Civil Veterinary Department. Central Provinces & Berar 1932-41 - 1932-1941
Year: 1932
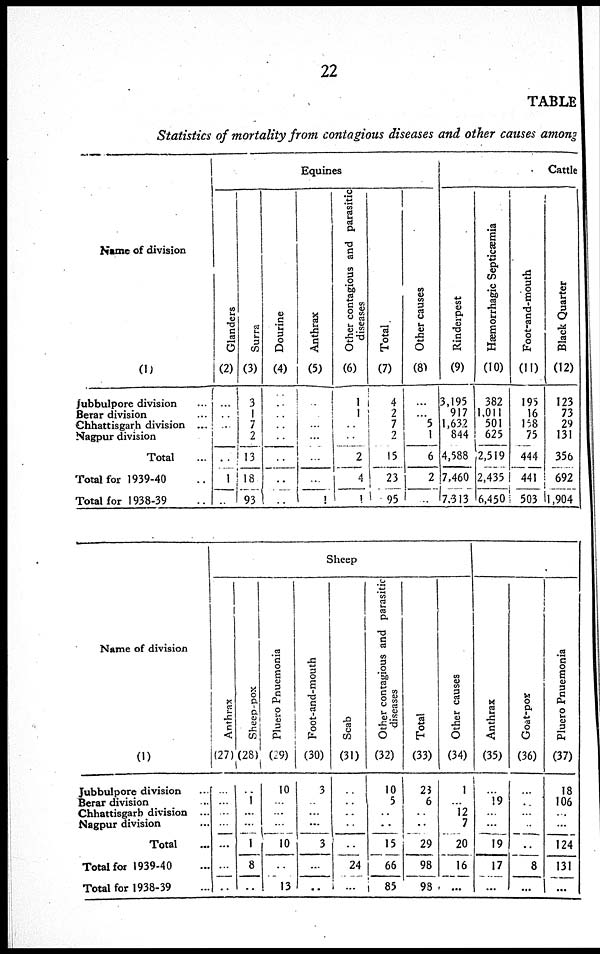
22
TABLE
Statistics of mortality from contagious diseases and other causes among
Name of division
(1)
Jubbulpore division ...
Berar division ...
Chhattisgarh division ...
Nagpur division
Total
...
Total for 1939-40 ..
Total for 1938-39 ..
Equines
Glanders
(2)
...
...
...
...
...
1
..
Surra
(3)
3
1
7
2
13
18
93
Dourine
(4)
..
..
..
..
..
..
..
Anthrax
(5)
...
...
...
...
..
1
Other contagious and parasitic
diseases
(6)
1
1
..
..
2
4
1
Total
(7)
4
2
7
2
15
23
95
Other causes
(8)
...
...
5
1
6
2
..
Cattle
Rinderpest
(9)
3,195
917
1,632
844
4,588
7,460
7,313
Hæmorrhagic Septicæmia
(10)
382
1,011
501
625
2,519
2,435
6,450
Foot-and-mouth
(11)
195
16
158
75
444
441
503
Black Quarter
(12)
123
73
29
131
356
692
1,904
Name of division
(1)
Jubbulpore division ...
Berar division ...
Chhattisgarh division ...
Nagpur division ...
Total ...
Total for 1939-40 ...
Total for 1938-39 ...
Sheep
Anthrax
(27)
...
...
...
...
...
...
..
Sheep-pox
(28)
..
1
...
...
1
8
..
Pluero Pnuemonia
(29)
10
...
...
...
10
..
13
Foot-and-mouth
(30)
3
...
...
...
3
...
..
Scab
(31)
..
..
..
..
..
24
...
Other contagious and parasitic
diseases
(32)
10
5
..
..
15
66
85
Total
(33)
23
6
..
..
29
98
98
Other causes
(34)
1
...
12
7
20
16
...
Anthrax
(35)
...
19
...
...
19
17
...
Goat-por
(36)
...
...
...
...
..
8
...
Pluero Pnuemonia
(37)
18
106
...
...
124
131
...